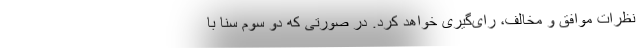
نظرات موافق و مخالف، رای‌گیری خواهد کرد. در صورتی که دو سوم سنا با